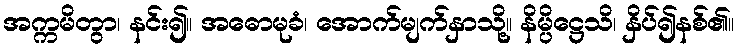
အက္ကမိတွာ၊ နင်း၍။ အဓောမုခံ၊ အောက်မျက်နှာသို့။ နိမ္ပိဋ္ဌေသိ၊ နှိပ်၍နစ်၏။